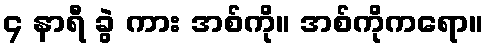
၄ နာရီ ခွဲ ကား အစ်ကို။ အစ်ကိုကရော။